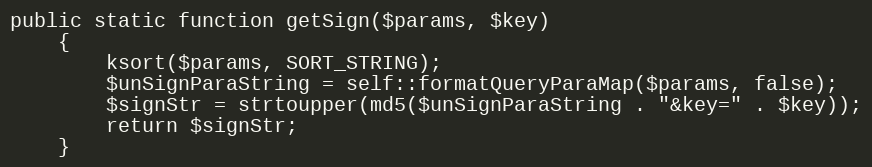
Language: PHP
public static function getSign($params, $key)
    {
        ksort($params, SORT_STRING);
        $unSignParaString = self::formatQueryParaMap($params, false);
        $signStr = strtoupper(md5($unSignParaString . "&key=" . $key));
        return $signStr;
    }